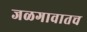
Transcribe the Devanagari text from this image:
जळगावातच